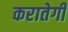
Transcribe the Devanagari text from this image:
करातेगी